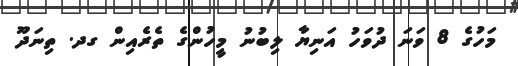
މަހުގެ 8 ވަނަ ދުވަހު އަނިޔާ ލިބުނު މީހުންގެ ތެރެއިން ގދ. ތިނަދޫ